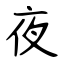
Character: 夜